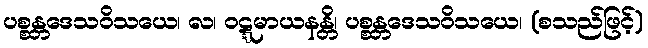
ပစ္စန္တဒေသဝိသယေ၊ လ၊ ဝဋ္ဋမာယနန္တိ၊ ပစ္စန္တဒေသဝိသယေ၊ (စသည်ဖြင့်)